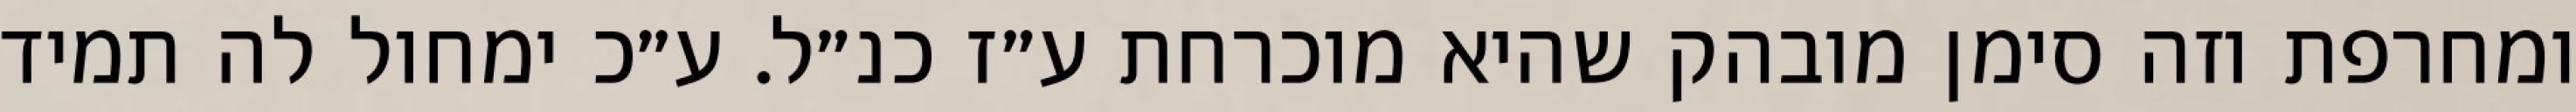
ומחרפת וזה סימן מובהק שהיא מוכרחת ע״ז כנ״ל. ע״כ ימחול לה תמיד